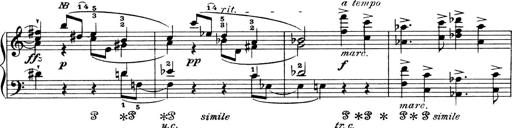
Title: 4 Sonatines
Composer: Max Reger